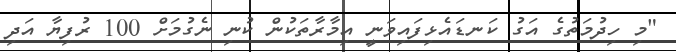
"މި ހިދުމަތުގެ އަގު ކަނޑައެޅިފައިވަނީ އިމާރާތަކުން ކުނި ނެގުމަށް 100 ރުފިޔާ އަދި